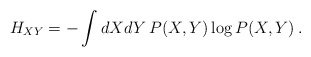
\begin{align*}H_{XY} = - \int dX dY \, P(X,Y) \log P(X,Y)\,.\end{align*}